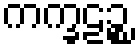
ကက္ခဠဉ္စ